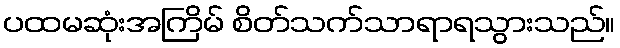
ပထမဆုံးအကြိမ် စိတ်သက်သာရာရသွားသည်။